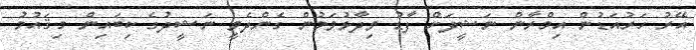
އޭރު ހަރުއަޑުން އިމްރާން ނަޝީދަށް ފާޑު ވިދާޅުވަމުން ގެންދެވީ ނަޝީދުގެ ކިބައިން މިޤައުމު